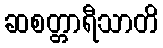
ဆစတ္တာရီသာတိ